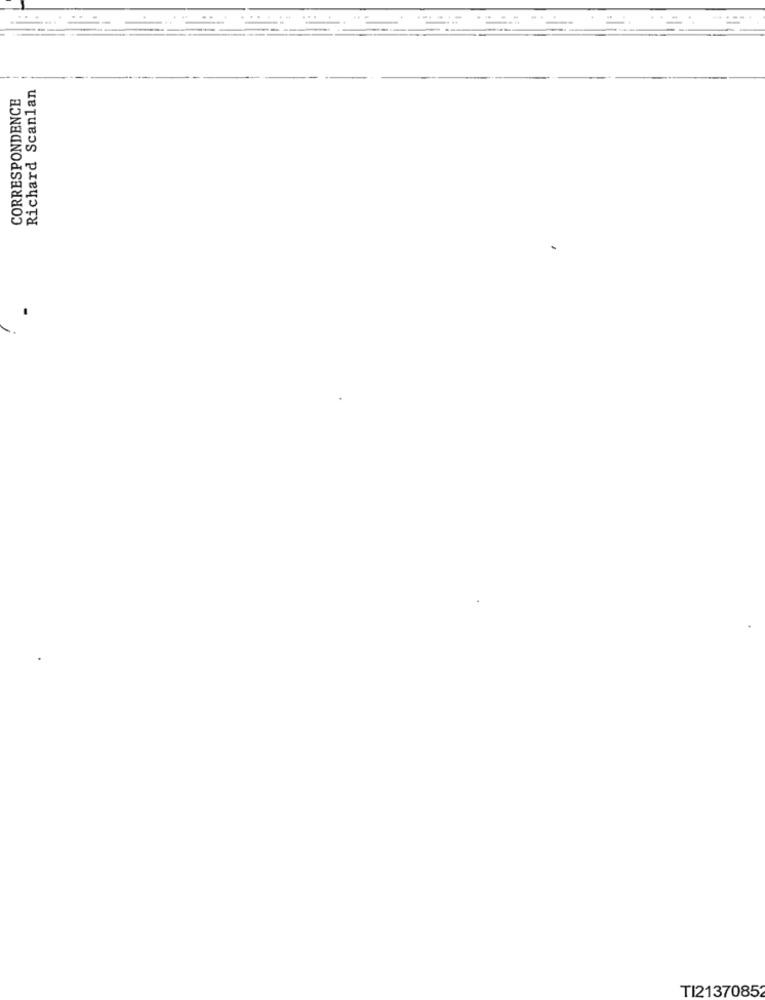
Richard Scanlan
CORRESPONDENCE
TI21370852